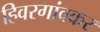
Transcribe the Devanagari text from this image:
हिवरगांवकर